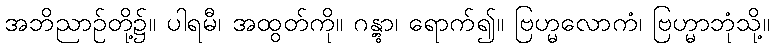
အဘိညာဉ်တို့၌။ ပါရမီ၊ အထွတ်ကို။ ဂန္တွာ၊ ရောက်၍။ ဗြဟ္မလောကံ၊ ဗြဟ္မာဘုံသို့။